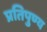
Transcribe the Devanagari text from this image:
प्रतिपुण्य